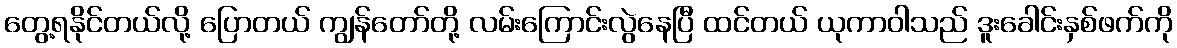
တွေ့ရနိုင်တယ်လို့ ပြောတယ် ကျွန်တော်တို့ လမ်းကြောင်းလွဲနေပြီ ထင်တယ် ယုကာဝါသည် ဒူးခေါင်းနှစ်ဖက်ကို